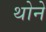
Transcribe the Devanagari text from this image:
थोने